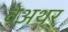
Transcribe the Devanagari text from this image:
वेअथर्